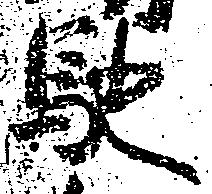
馳